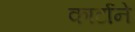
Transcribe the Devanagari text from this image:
कार्टाने